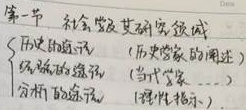
第一节 社会学及其研究领域
\[
\begin{cases}
\text{历史的踪迹} & (\text{历史学家的阐述}) \\
\text{系统的踪迹} & (\text{当代学家}) \\
\text{分析的踪迹} & (\text{特性揭示})
\end{cases}
\]